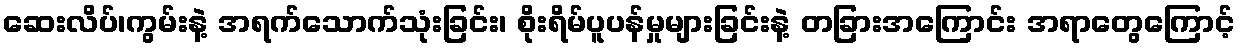
ဆေးလိပ်၊ကွမ်းနဲ့ အရက်သောက်သုံးခြင်း၊ စိုးရိမ်ပူပန်မှုများခြင်းနဲ့ တခြားအကြောင်း အရာတွေကြောင့်